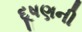
દૂષણની